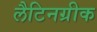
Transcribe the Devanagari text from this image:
लैटिनग्रीक